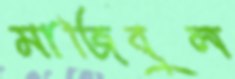
মাজিবুল